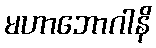
မဟာဘောဂါနိ